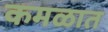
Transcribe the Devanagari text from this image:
कमळात